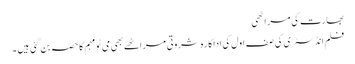
بھارت کی مراٹھی
فلم انڈسٹری کی صف اول کی اداکارہ شروتی مراٹھے بھی می ٹو مہم کا حصہ بن گئی ہیں ۔